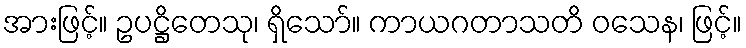
အားဖြင့်။ ဥပဋ္ဌိတေသု၊ ရှိသော်။ ကာယဂတာသတိ ဝသေန၊ ဖြင့်။